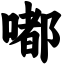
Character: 嘟